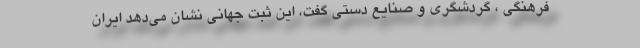
فرهنگی ، گردشگری و صنایع دستی گفت، این ثبت جهانی نشان می‌دهد ایران